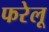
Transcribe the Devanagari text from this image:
फरेलू